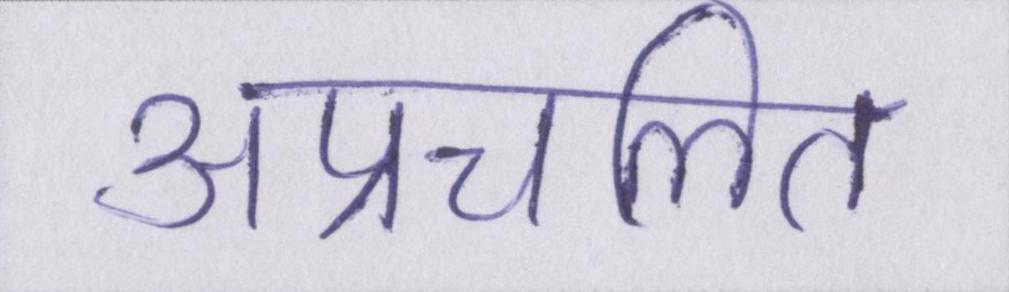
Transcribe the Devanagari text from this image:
अप्रचलित